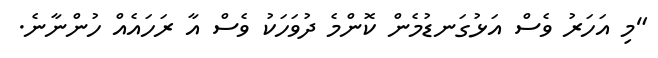
"މި އަހަރު ވެސް އަޅުގަނޑުމެން ކޮންމެ ދުވަހަކު ވެސް އާ ރަހައެއް ހުންނާނެ.